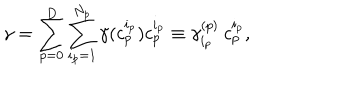
\gamma = \sum _ { p = 0 } ^ { D } \sum _ { i _ { p } = 1 } ^ { N _ { p } } \gamma ( c _ { p } ^ { i _ { p } } ) c _ { p } ^ { i _ { p } } \equiv \gamma _ { i _ { p } } ^ { ( p ) } \: c _ { p } ^ { i _ { p } } ,